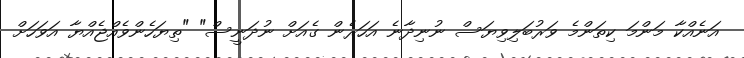
އަނެއްކާ މަންމަ ކިތަންމެ ވަރުބަލިވިޔަސް ނުނިދާނެ އަހަރެން ގެއަށް ނުދަނީސް" "ތިޔަހެންވެއްޖެއްޔާ އަވަހަށް